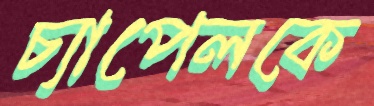
চ্যাপেলকে